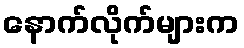
နောက်လိုက်များက